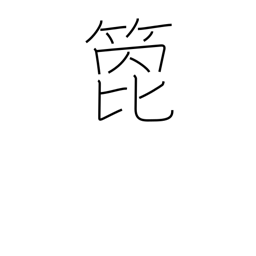
Meaning: arrow shaft